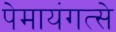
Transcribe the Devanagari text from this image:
पेमायंगत्से